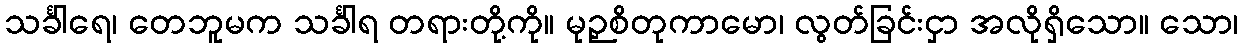
သင်္ခါရေ၊ တေဘူမက သင်္ခါရ တရားတို့ကို။ မုဉှစိတုကာမော၊ လွတ်ခြင်းငှာ အလိုရှိသော။ သော၊